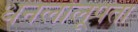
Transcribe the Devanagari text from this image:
धनलोलूपता